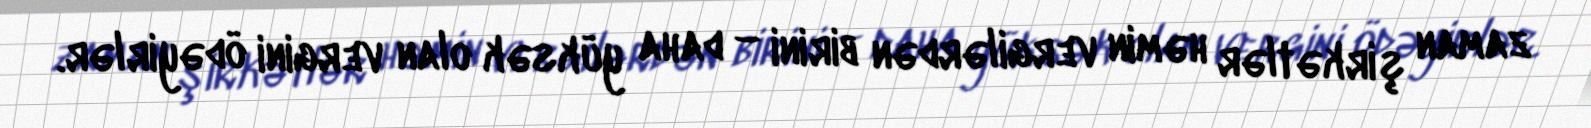
zaman şirkətlər həmin vergilərdən birini – daha yüksək olan vergini ödəyirlər.